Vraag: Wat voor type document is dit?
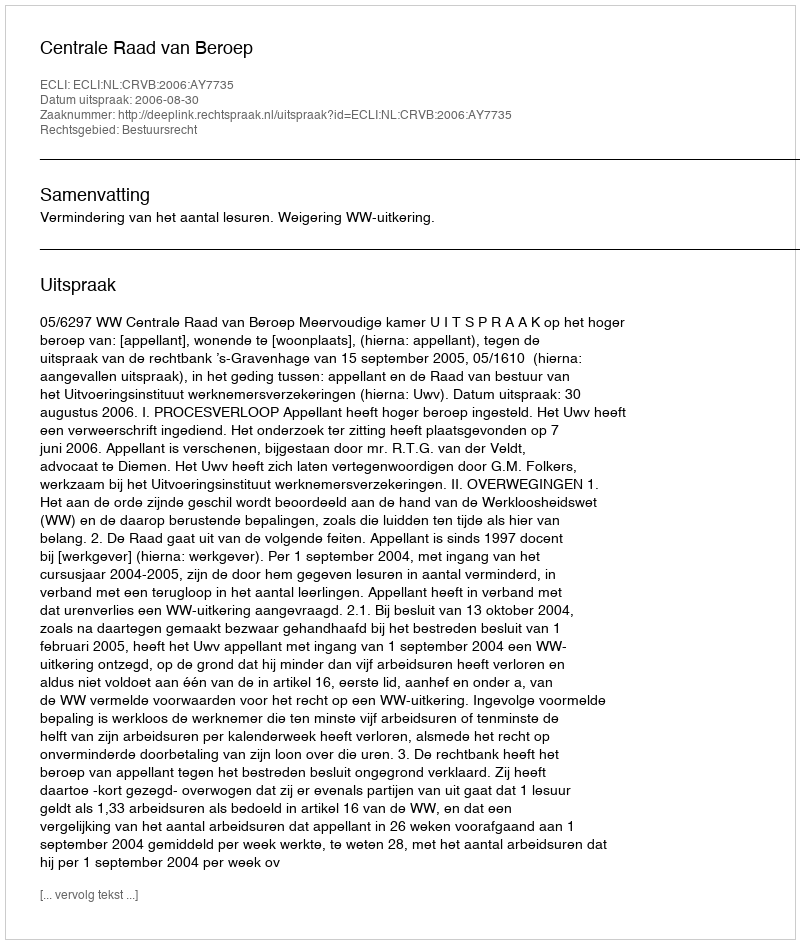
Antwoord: Uitspraak